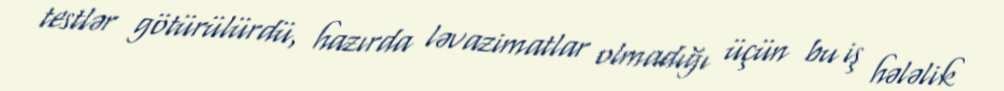
testlər götürülürdü, hazırda ləvazimatlar olmadığı üçün bu iş hələlik